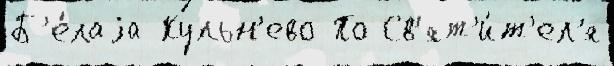
Б'е́лаjа Кульн'ево По Св'ят'и́т'ел'я